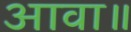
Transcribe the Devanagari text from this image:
आवा॥